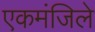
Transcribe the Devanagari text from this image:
एकमंजिले